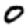
Digit: 0